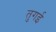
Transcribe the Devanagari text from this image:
तुगई